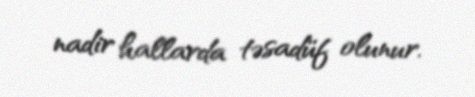
nadir hallarda təsadüf olunur.